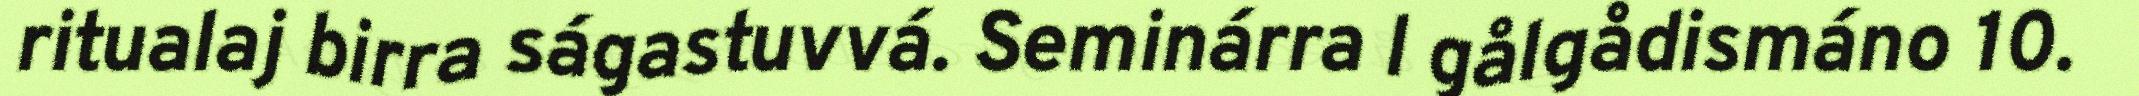
ritualaj birra ságastuvvá. Seminárra l gålgådismáno 10.